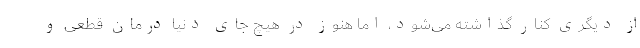
از دیگری کنار گذاشته می‌شود، اما هنوز در هیچ جای دنیا درمان قطعی و